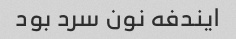
ایندفه نون سرد بود